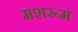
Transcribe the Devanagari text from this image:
मशरूमं